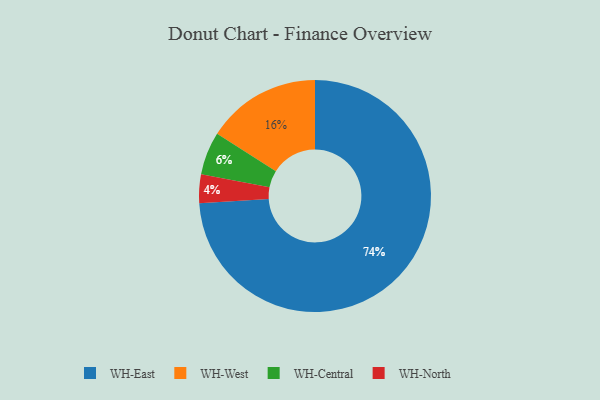
{"axis": {"x": "Category", "y": "Percentage"}, "legend": ["WH-Central", "WH-East", "WH-North", "WH-West"], "data": [{"x": "WH-Central", "y": 6, "type": "WH-Central"}, {"x": "WH-East", "y": 74, "type": "WH-East"}, {"x": "WH-North", "y": 4, "type": "WH-North"}, {"x": "WH-West", "y": 16, "type": "WH-West"}]}